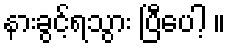
နားခွင့်ရသွား ပြီပေါ့ ။